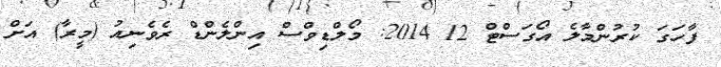
ފާހަގަ ކުރުންމާލެ އޯގަސްޓް 12 2014: މޯލްޑިވްސް އިންލެންޑް ރެވެނިއު (މީރާ) އަށް